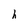
Character: h